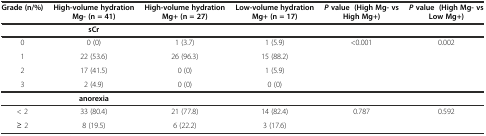
<table><thead><tr><td><b>Grade (n/%)</b></td><td><b>High-volume hydration Mg- (n = 41)</b></td><td><b>High-volume hydration Mg+ (n = 27)</b></td><td><b>Low-volume hydration Mg+ (n = 17)</b></td><td><b><i>P</i>value (High Mg- vs High Mg+)</b></td><td><b><i>P</i>value (High Mg- vs Low Mg+)</b></td></tr></thead><tbody><tr><td></td><td><b>sCr</b></td><td></td><td></td><td></td><td></td></tr><tr><td>0</td><td>0 (0)</td><td>1 (3.7)</td><td>1 (5.9)</td><td>&lt;0.001</td><td>0.002</td></tr><tr><td>1</td><td>22 (53.6)</td><td>26 (96.3)</td><td>15 (88.2)</td><td></td><td></td></tr><tr><td>2</td><td>17 (41.5)</td><td>0 (0)</td><td>1 (5.9)</td><td></td><td></td></tr><tr><td>3</td><td>2 (4.9)</td><td>0 (0)</td><td>0 (0)</td><td></td><td></td></tr><tr><td></td><td><b>anorexia</b></td><td></td><td></td><td></td><td></td></tr><tr><td>&lt; 2</td><td>33 (80.4)</td><td>21 (77.8)</td><td>14 (82.4)</td><td>0.787</td><td>0.592</td></tr><tr><td>≥ 2</td><td>8 (19.5)</td><td>6 (22.2)</td><td>3 (17.6)</td><td></td><td></td></tr></tbody></table>